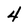
Character: 4